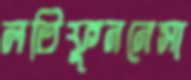
লতিফুননেসা